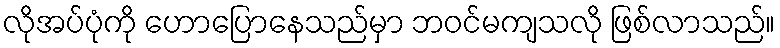
လိုအပ်ပုံကို ဟောပြောနေသည်မှာ ဘဝင်မကျသလို ဖြစ်လာသည်။